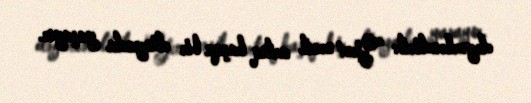
dəyərləndirib: “Yeni nəsil artıq başqa bir dünyada yaşayır.